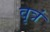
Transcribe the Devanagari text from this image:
वृत्रं